Civil Veterinary Dept. Bombay admin report 1923-31 - 1923-1931
Year: 1923
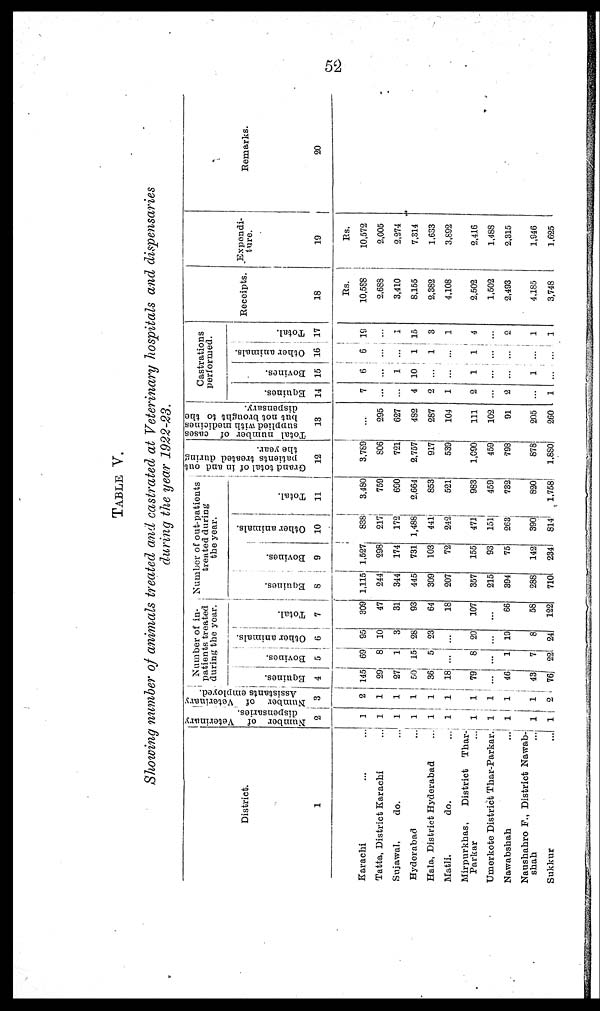
52
TABLE V.
Showing number of animals treated and castrated at Veterinary hospitals and dispensaries
during the year 1922-23.
District.
1
Karachi
Tatta, District Karachi ...
Sujawal,
do. ...
Hyderabad
Hala, District Hyderabad ...
Matli.
do. ...
Mirpurkhas,
District
Thar-
Parkar
...
Umerkote District Thar-Parkar.
Nawabshah
...
Naushahro F., District Nawab-
shah
...
Sukkur
...
Number of Veterinary
dispensaries.
2
1
1
1
1
1
1
1
1
1
1
1
Number of Veterinary
Assistants employed.
3
2
1
1
1
1
1
1
1
1
1
2
Number of in-
patients treated
during the year.
Equines.
4
145
29
27
50
36
18
79
...
46
43
76
Bovines.
5
69
8
1
15
5
...
8
...
1
7
22
Other animals.
6
95
10
3
28
23
...
20
...
19
8
24
Total.
7
309
47
31
93
64
18
107
...
66
58
122
Number of out-patients
treated during
the year.
Equines.
8
1,115
244
344
445
309
207
357
215
394
288
710
Bovines.
9
1,527
298
174
731
103
72
155
93
75
142
234
Other animals.
10
838
217
172
1,488
441
242
471
151
263
390
814
Total.
11
3,480
759
690
2,664
853
521
983
459
732
820
1,758
Grand total of in and out
patients treated during
the year.
12
3,789
806
721
2,757
917
539
1,090
459
798
878
1,880
Total number of cases
supplied with medicines
but not brought to the
dispensary-
13
...
295
627
482
287
104
111
102
91
205
260
Castrations
performed.
Equines.
14
7
...
...
4
2
1
2
...
2
...
1
Bovines.
15
6
...
1
10
...
...
1
...
...
1
...
Other animals.
16
6
...
...
1
1
...
1
...
...
...
...
Total.
17
19
...
1
15
3
1
4
...
2
1
1
Receipts.
18
Rs.
10,588
2,688
3,410
8,155
2,382
4,108
2,502
1,502
2,493
4,185
3,748
Expendi-
ture.
19
Rs.
10,572
2,005
2,274
7,314
1,633
3,892
2,416
1,488
2,315
1,946
1,625
Remarks.
20